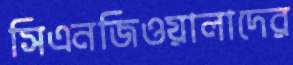
সিএনজিওয়ালাদের